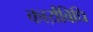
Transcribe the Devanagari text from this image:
कार्य़विधि